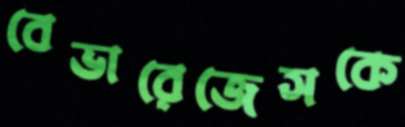
বেভারেজেসকে